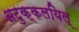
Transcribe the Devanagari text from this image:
अटुक्कलयिल्